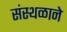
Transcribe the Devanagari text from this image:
संस्थळाने